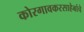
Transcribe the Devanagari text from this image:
कोरगावकरसाहेबांचे